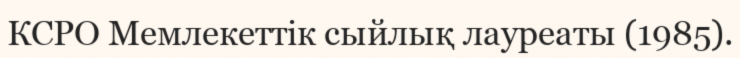
КСРО Мемлекеттік сыйлық лауреаты (1985).